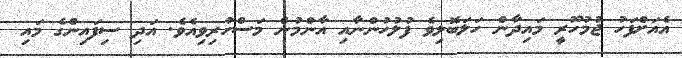
އެއަށްފަހު ޖުމުހޫރީ މައިދާން ހަލަބޮލިވެ ފުލުހުންނާއި އާންމުން މަސްހުރިވިއެވެ. އަދި ސިފައިންގެ މައި